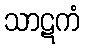
သာဋကံ